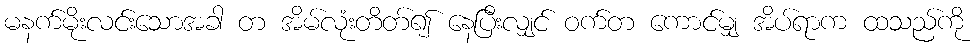
မနက်မိုးလင်းသောအခါ တ အိမ်လုံးတိတ်၍ နေပြီးလျှင် ဝက်တ ကောင်မျှ အိပ်ရာက ထသည်ကို